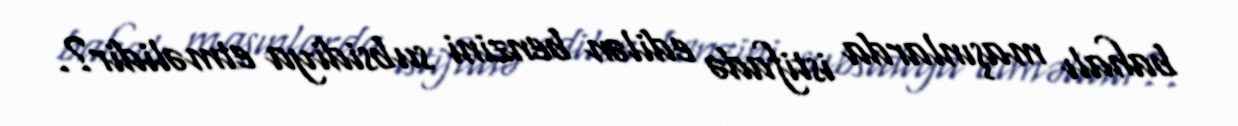
bahalı maşınlarda istifadə edilən benzini subsidiya etməlidir?.